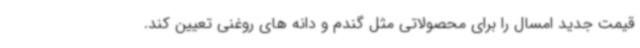
قیمت جدید امسال را برای محصولاتی مثل گندم و دانه های روغنی تعیین کند.